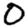
Digit: 0